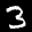
Label: 3